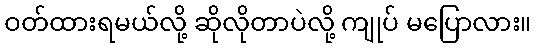
ဝတ်ထားရမယ်လို့ ဆိုလိုတာပဲလို့ ကျုပ် မပြောလား။